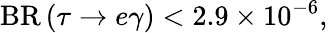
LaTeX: {\mathrm{BR}}\left(\tau\to e\gamma\right)<2.9\times 10^{-6},